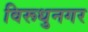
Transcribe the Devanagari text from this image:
विरूधुनगर